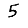
Digit: 5